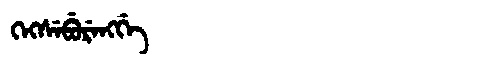
Manchu: ᡴᡝᡴᠰᡝᠪᡠᡵᡝᠩᡤᡝ
Romanization: KEKSEBURENGGE